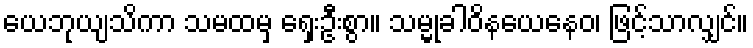
ယေဘုယျသိကာ သမထမှ ရှေးဦးစွာ။ သမ္မုခါဝိနယေနေဝ၊ ဖြင့်သာလျှင်။